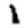
Digit: 1